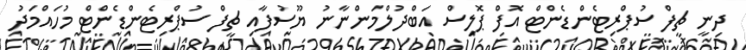
ދިނީ ޗީފް ސުޕްރިޓެންޑެންޓް އޮފް ޕޮލިސް އަބްދުލްމަންނާނު ޔޫސުފާއި ޗީފް ސުޕްރިޓެންޑެންޓް މުހައްމަދު